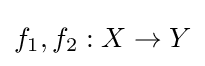
f_{1},f_{2}:X\to Y